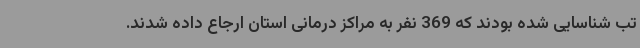
تب شناسایی شده بودند که 369 نفر به مراکز درمانی استان ارجاع داده شدند.